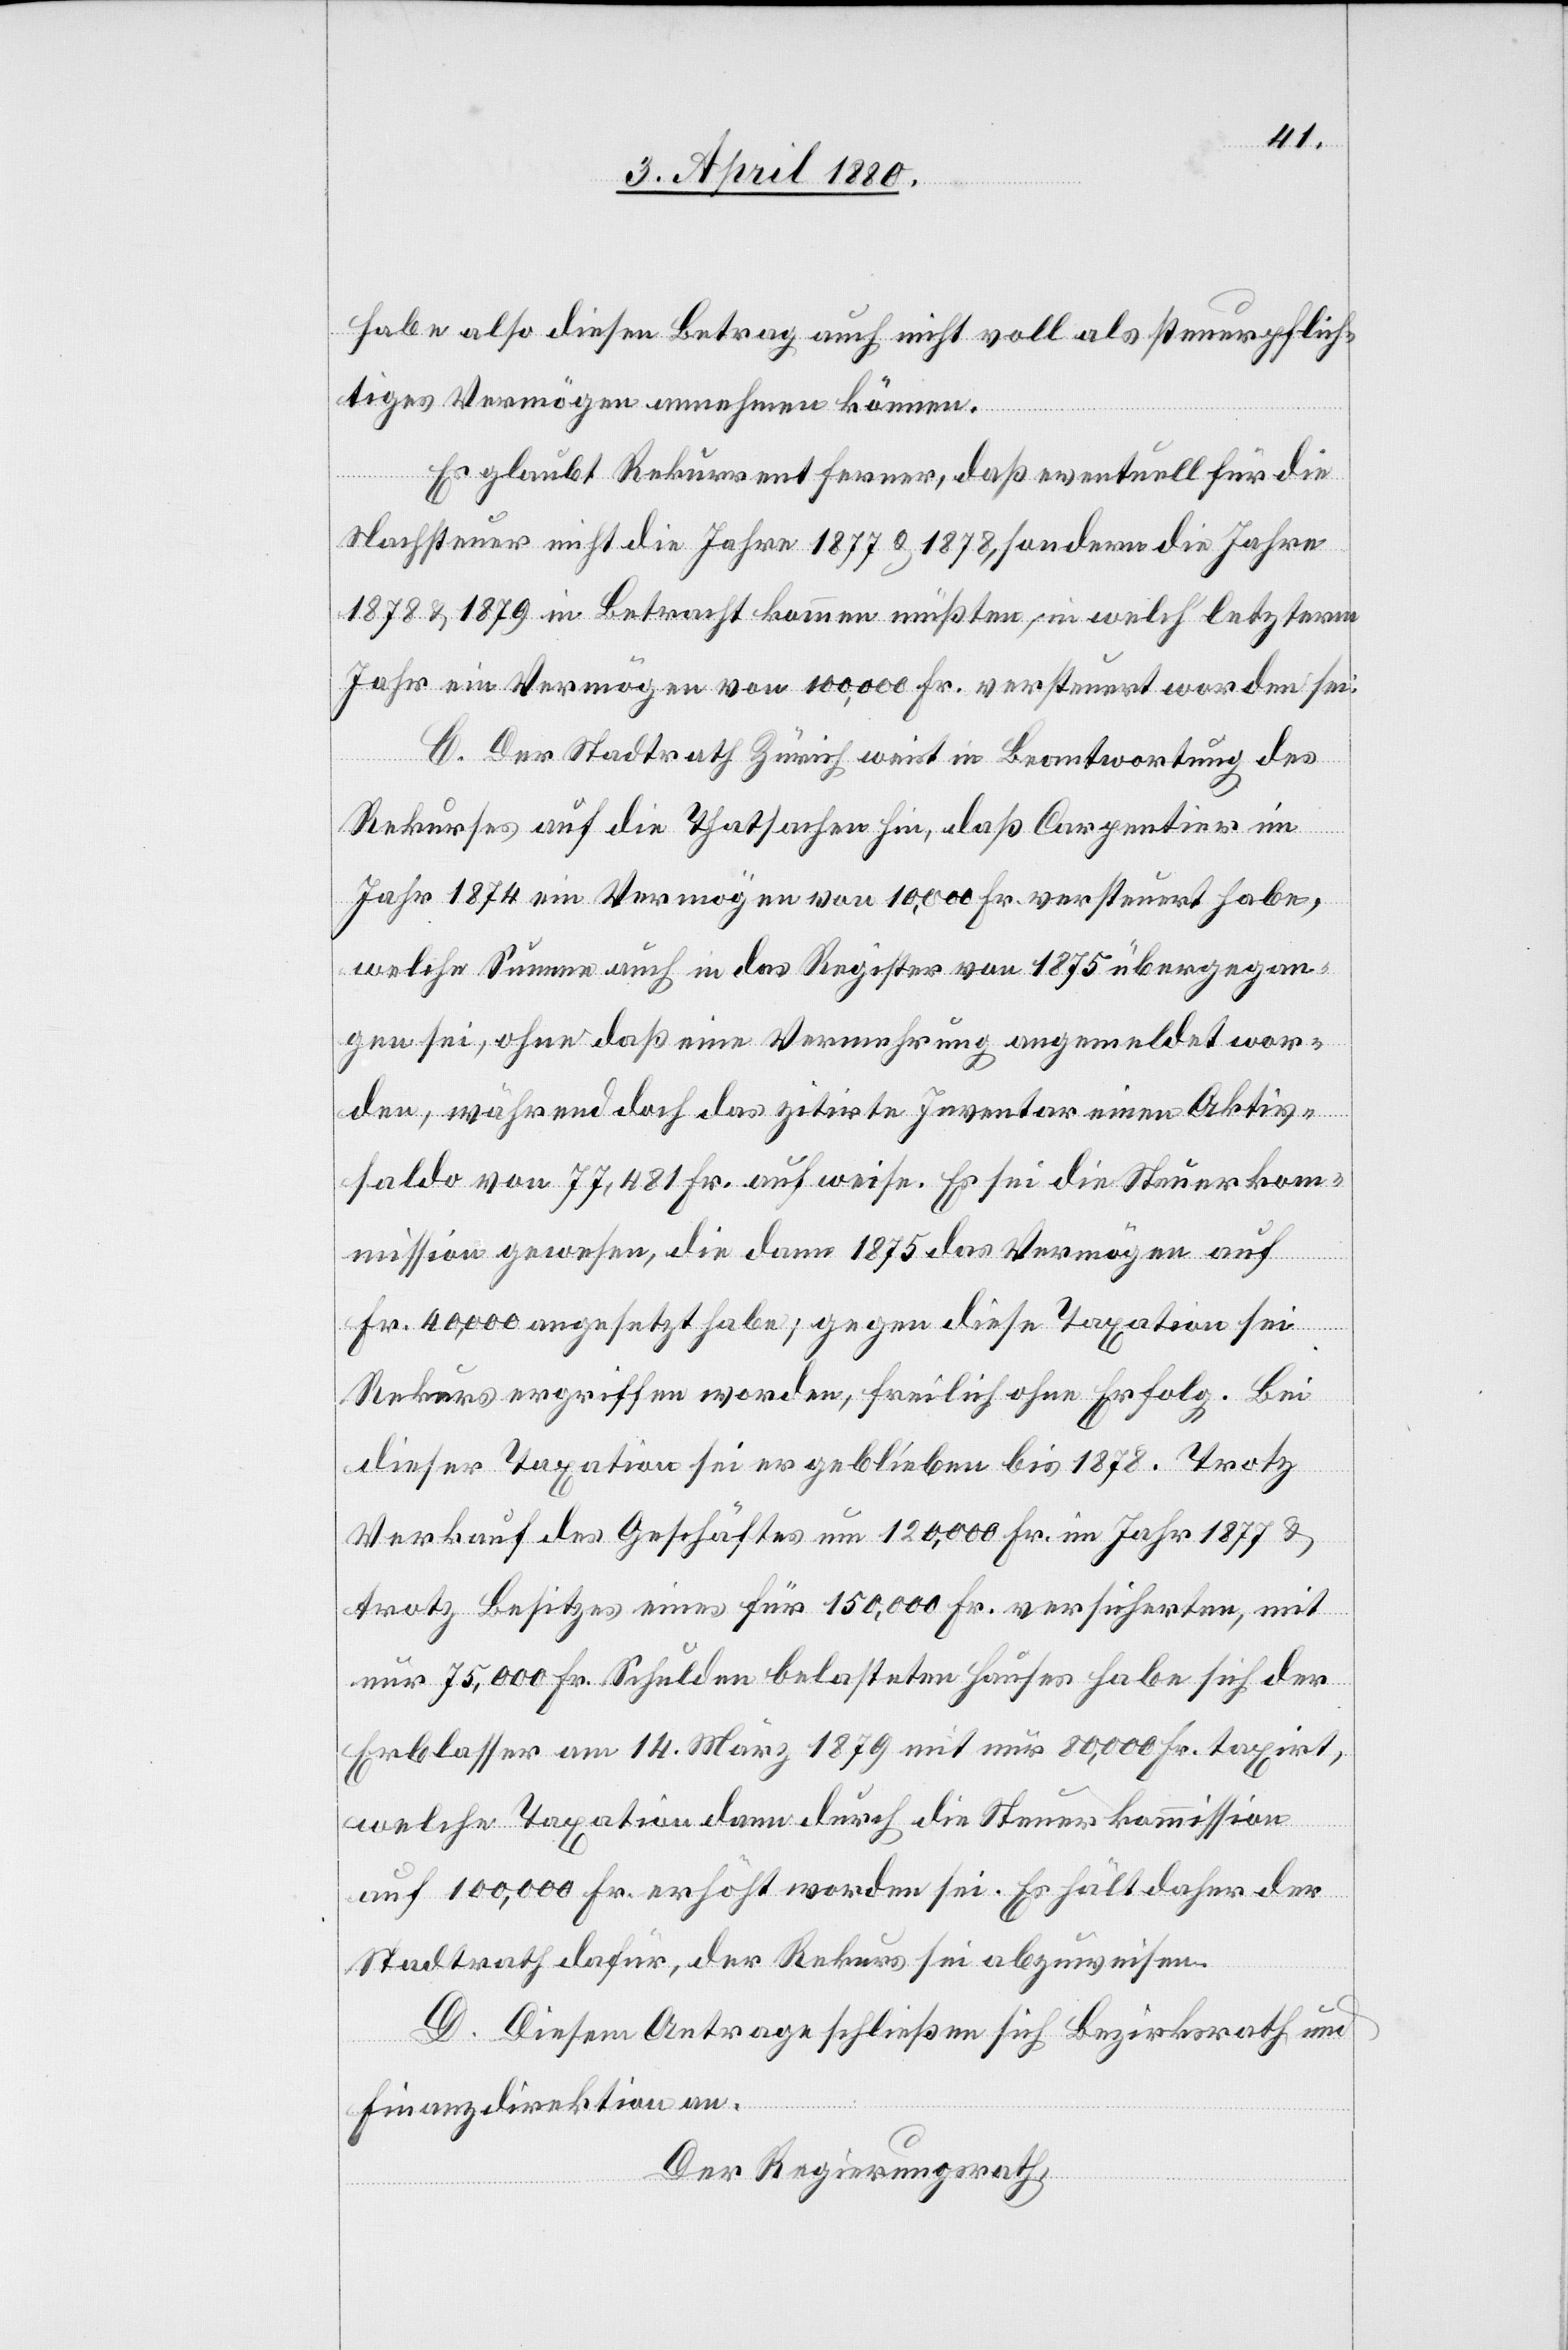
habe also diesen Betrag auch nicht voll als steuerpflich¬
tiges Vermögen annehmen können.
Es glaubt Rekurrent ferner, daß eventuell für die
Nachsteuer nicht die Jahre 1877 & 1878, sondern die Jahre
1878 & 1879 in Betracht kommen müßten, in welch‘ letzterm
Jahr ein Vermögen von 100 000 Fr. versteuert worden sei.
C. Der Stadtrath Zürich weist in Beantwortung des
Rekurses auf die Thatsachen hin, daß Carpentier im
Jahr 1874 ein Vermögen von 10 000 Fr. versteuert habe,
welche Summe auch in das Register von 1875 übergegan¬
gen sei, ohne daß eine Vermehrung angemeldet wor¬
den, während doch das zitirte Inventar einen Aktiv¬
saldo von 77 481 Fr. aufweise. Es sei die Steuerkom¬
mission gewesen, die dann 1875 das Vermögen auf
Fr. 40, 000 angesetzt habe; gegen diese Taxation sei
Rekurs ergriffen worden, freilich ohne Erfolg. Bei
dieser Taxation sei er geblieben bis 1878. Trotz
Verkauf des Geschäftes um 120 000 Fr. im Jahr 1877 &
trotz Besitzes eines für 150 000 Fr. versicherten, mit
nur 75 000 Fr. Schulden belasteten Hauses habe sich der
Erblasser am 14. März 1879 mit nur 80 000 Fr. taxirt,
welche Taxation dann durch die Steuerkommission
auf 100 000 Fr. erhöht worden sei. Es hält daher der
Stadtrath Zürich dafür, der Rekurs sei abzuweisen.
D. Diesem Antrage schließen sich Bezirksrath und
Finanzdirektion an.
Der Regierungsrath,